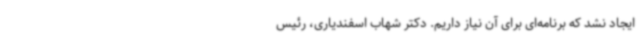
ایجاد نشد که برنامه‌ای برای آن نیاز داریم. دکتر شهاب اسفندیاری، رئیس